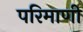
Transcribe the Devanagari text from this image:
परिमाणी